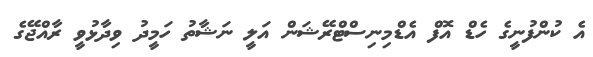
އެ ކުންފުނީގެ ހެޑް އޮފް އެޑްމިނިސްޓްރޭޝަން އަލީ ނަޝާތު ހަމީދު ވިދާޅުވީ ރާއްޖޭގެ